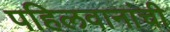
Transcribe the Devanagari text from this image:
पहिलवानांची